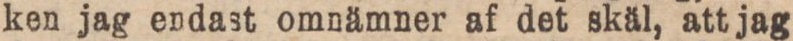
ken jag endast omnämner af det skäl, att jag